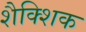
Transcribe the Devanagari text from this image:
शैक्शिक